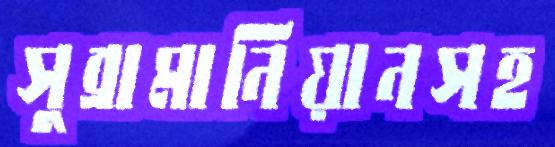
সুব্রামানিয়ানসহ